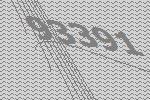
93391